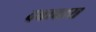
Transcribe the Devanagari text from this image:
दबावास